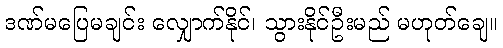
ဒဏ်မပြေမချင်း လျှောက်နိုင်၊ သွားနိုင်ဦးမည် မဟုတ်ချေ။